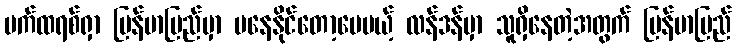
ပက်ထရစ်ရှာ မြန်မာပြည်မှာ မနေနိုင်တော့ပေမယ့် လန်ဒန်မှာ သူရှိနေတဲ့အတွက် မြန်မာပြည်